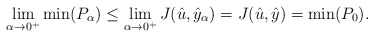
\begin{align*}\lim_{\alpha\rightarrow 0^+}\min(P_\alpha)\leq \lim_{\alpha\rightarrow 0^+}J(\hat u,\hat y_\alpha)=J(\hat u,\hat y)=\min(P_0).\end{align*}